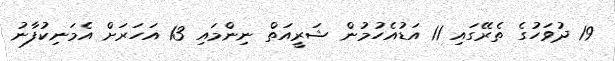
19 ދުވަހުގެ ތެރޭގައި 11 އަޑުއެހުމުން ޝަރީއަތް ނިންމައި 13 އަހަރަށް އެމަނިކުފާނު